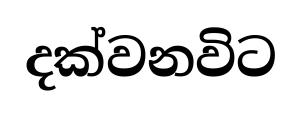
දක්වනවිට